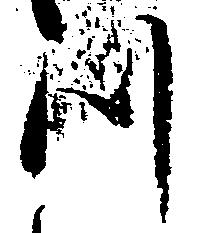
つ